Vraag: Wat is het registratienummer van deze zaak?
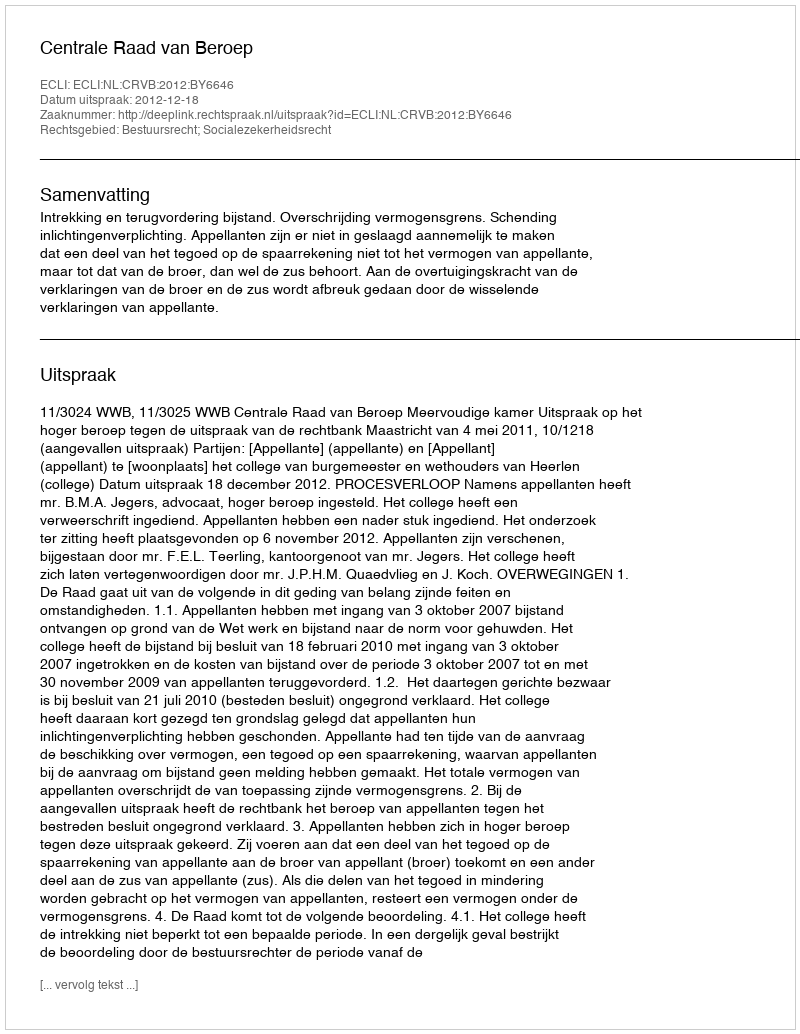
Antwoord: http://deeplink.rechtspraak.nl/uitspraak?id=ECLI:NL:CRVB:2012:BY6646